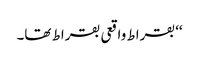
‘‘ بقراط واقعی بقراط تھا۔